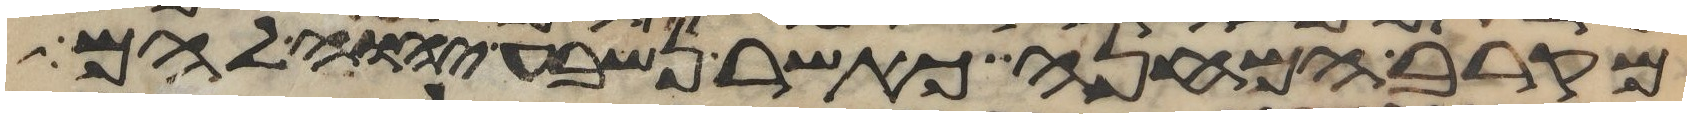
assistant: מקרב המחנה כאשר נשבע יהוה להם